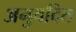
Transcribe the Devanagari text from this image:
अनुवदित